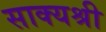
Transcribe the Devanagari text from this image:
साक्यश्री